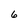
Character: 6